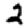
Digit: 2